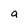
Character: a